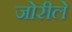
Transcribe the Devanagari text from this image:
जोरीले